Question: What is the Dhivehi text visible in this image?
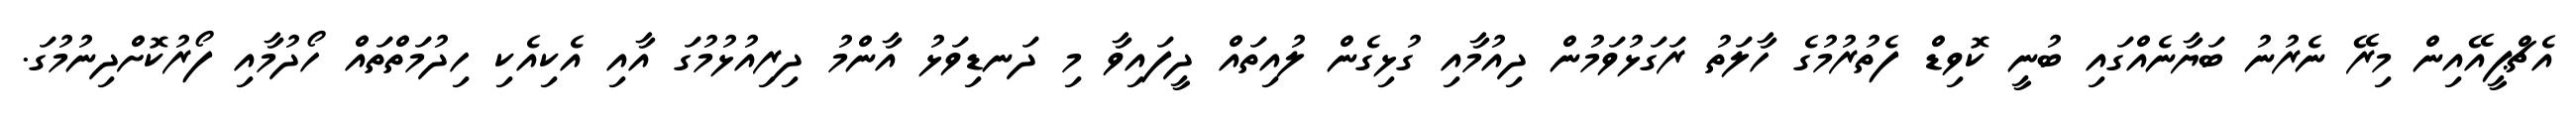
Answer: އެޗްޕީއޭއިން މިރޭ ނެރުނު ބަޔާނެއްގައި ބުނީ ކޮވިޑް ފެތުރުމުގެ ހާލަތު ރަގަޅުވަމުން ދިއުމާއި ގުޅިގެން ލުއިތައް ދީފައިވާ މި ދަނޑިވަޅު އާންމު ދިރިއުޅުމުގަ އާއި އެކިއެކި ހިދުމަތްތައް ހޯދުމާއި ފޯރުކޮށްދިނުމުގަ.